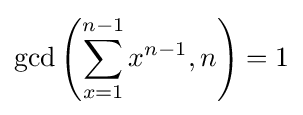
\gcd \left(\sum _{x=1}^{n-1}x^{n-1},n\right)=1